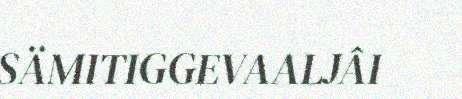
SÄMITIGGEVAALJÂI